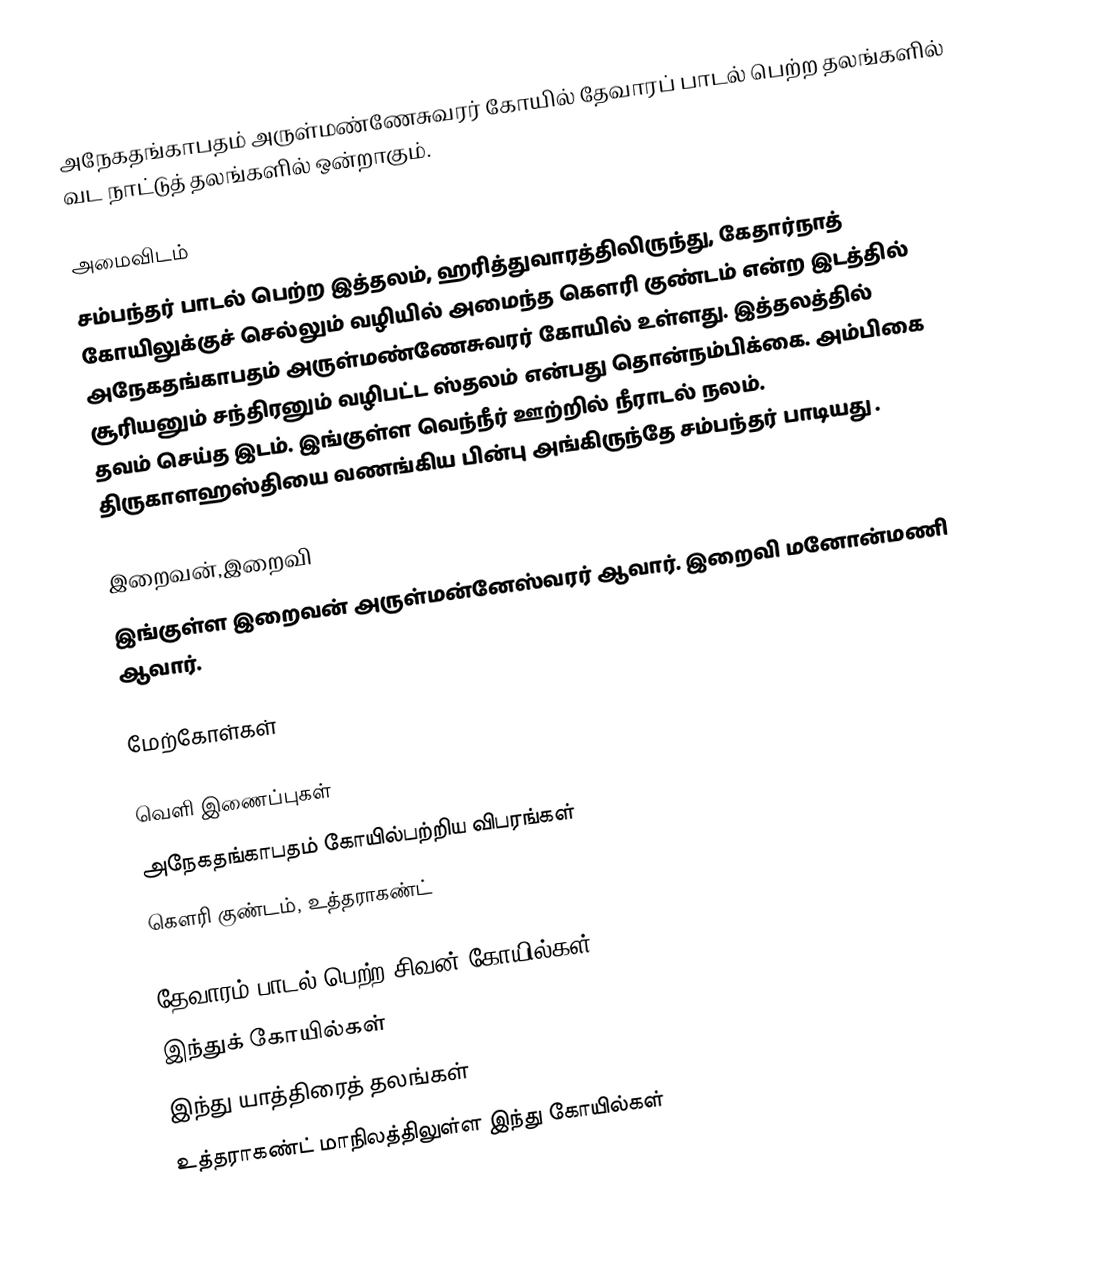
அநேகதங்காபதம் அருள்மண்ணேசுவரர் கோயில் தேவாரப் பாடல் பெற்ற தலங்களில் வட நாட்டுத் தலங்களில் ஒன்றாகும்.

அமைவிடம்
சம்பந்தர் பாடல் பெற்ற இத்தலம், ஹரித்துவாரத்திலிருந்து, கேதார்நாத் கோயிலுக்குச் செல்லும் வழியில் அமைந்த கௌரி குண்டம் என்ற இடத்தில் அநேகதங்காபதம் அருள்மண்ணேசுவரர் கோயில் உள்ளது. இத்தலத்தில் சூரியனும் சந்திரனும் வழிபட்ட ஸ்தலம் என்பது தொன்நம்பிக்கை. அம்பிகை தவம் செய்த இடம். இங்குள்ள வெந்நீர் ஊற்றில் நீராடல் நலம். திருகாளஹஸ்தியை வணங்கிய பின்பு அங்கிருந்தே சம்பந்தர் பாடியது .

இறைவன்,இறைவி
இங்குள்ள இறைவன் அருள்மன்னேஸ்வரர் ஆவார். இறைவி மனோன்மணி ஆவார்.

மேற்கோள்கள்

வெளி இணைப்புகள்
அநேகதங்காபதம் கோயில்பற்றிய விபரங்கள்
கௌரி குண்டம், உத்தராகண்ட்

தேவாரம் பாடல் பெற்ற சிவன் கோயில்கள்
இந்துக் கோயில்கள்
இந்து யாத்திரைத் தலங்கள்
உத்தராகண்ட் மாநிலத்திலுள்ள இந்து கோயில்கள்